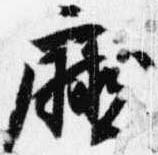
庁